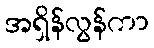
အရှိန်လွန်ကာ